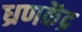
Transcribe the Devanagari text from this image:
ध्रणकेंद्र